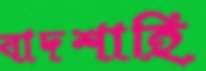
বাদশাহি